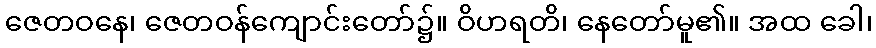
ဇေတဝနေ၊ ဇေတဝန်ကျောင်းတော်၌။ ဝိဟရတိ၊ နေတော်မူ၏။ အထ ခေါ၊